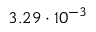
3 . 2 9 \cdot 1 0 ^ { - 3 }